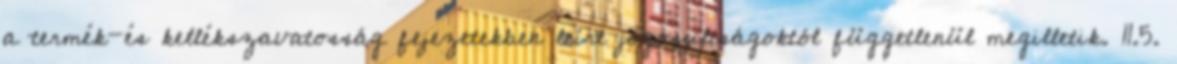
a termék-és kellékszavatosság fejezetekben leírt jogosultságoktól függetlenül megilletik. 11.5.